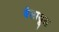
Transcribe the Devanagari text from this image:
बैलाडूल